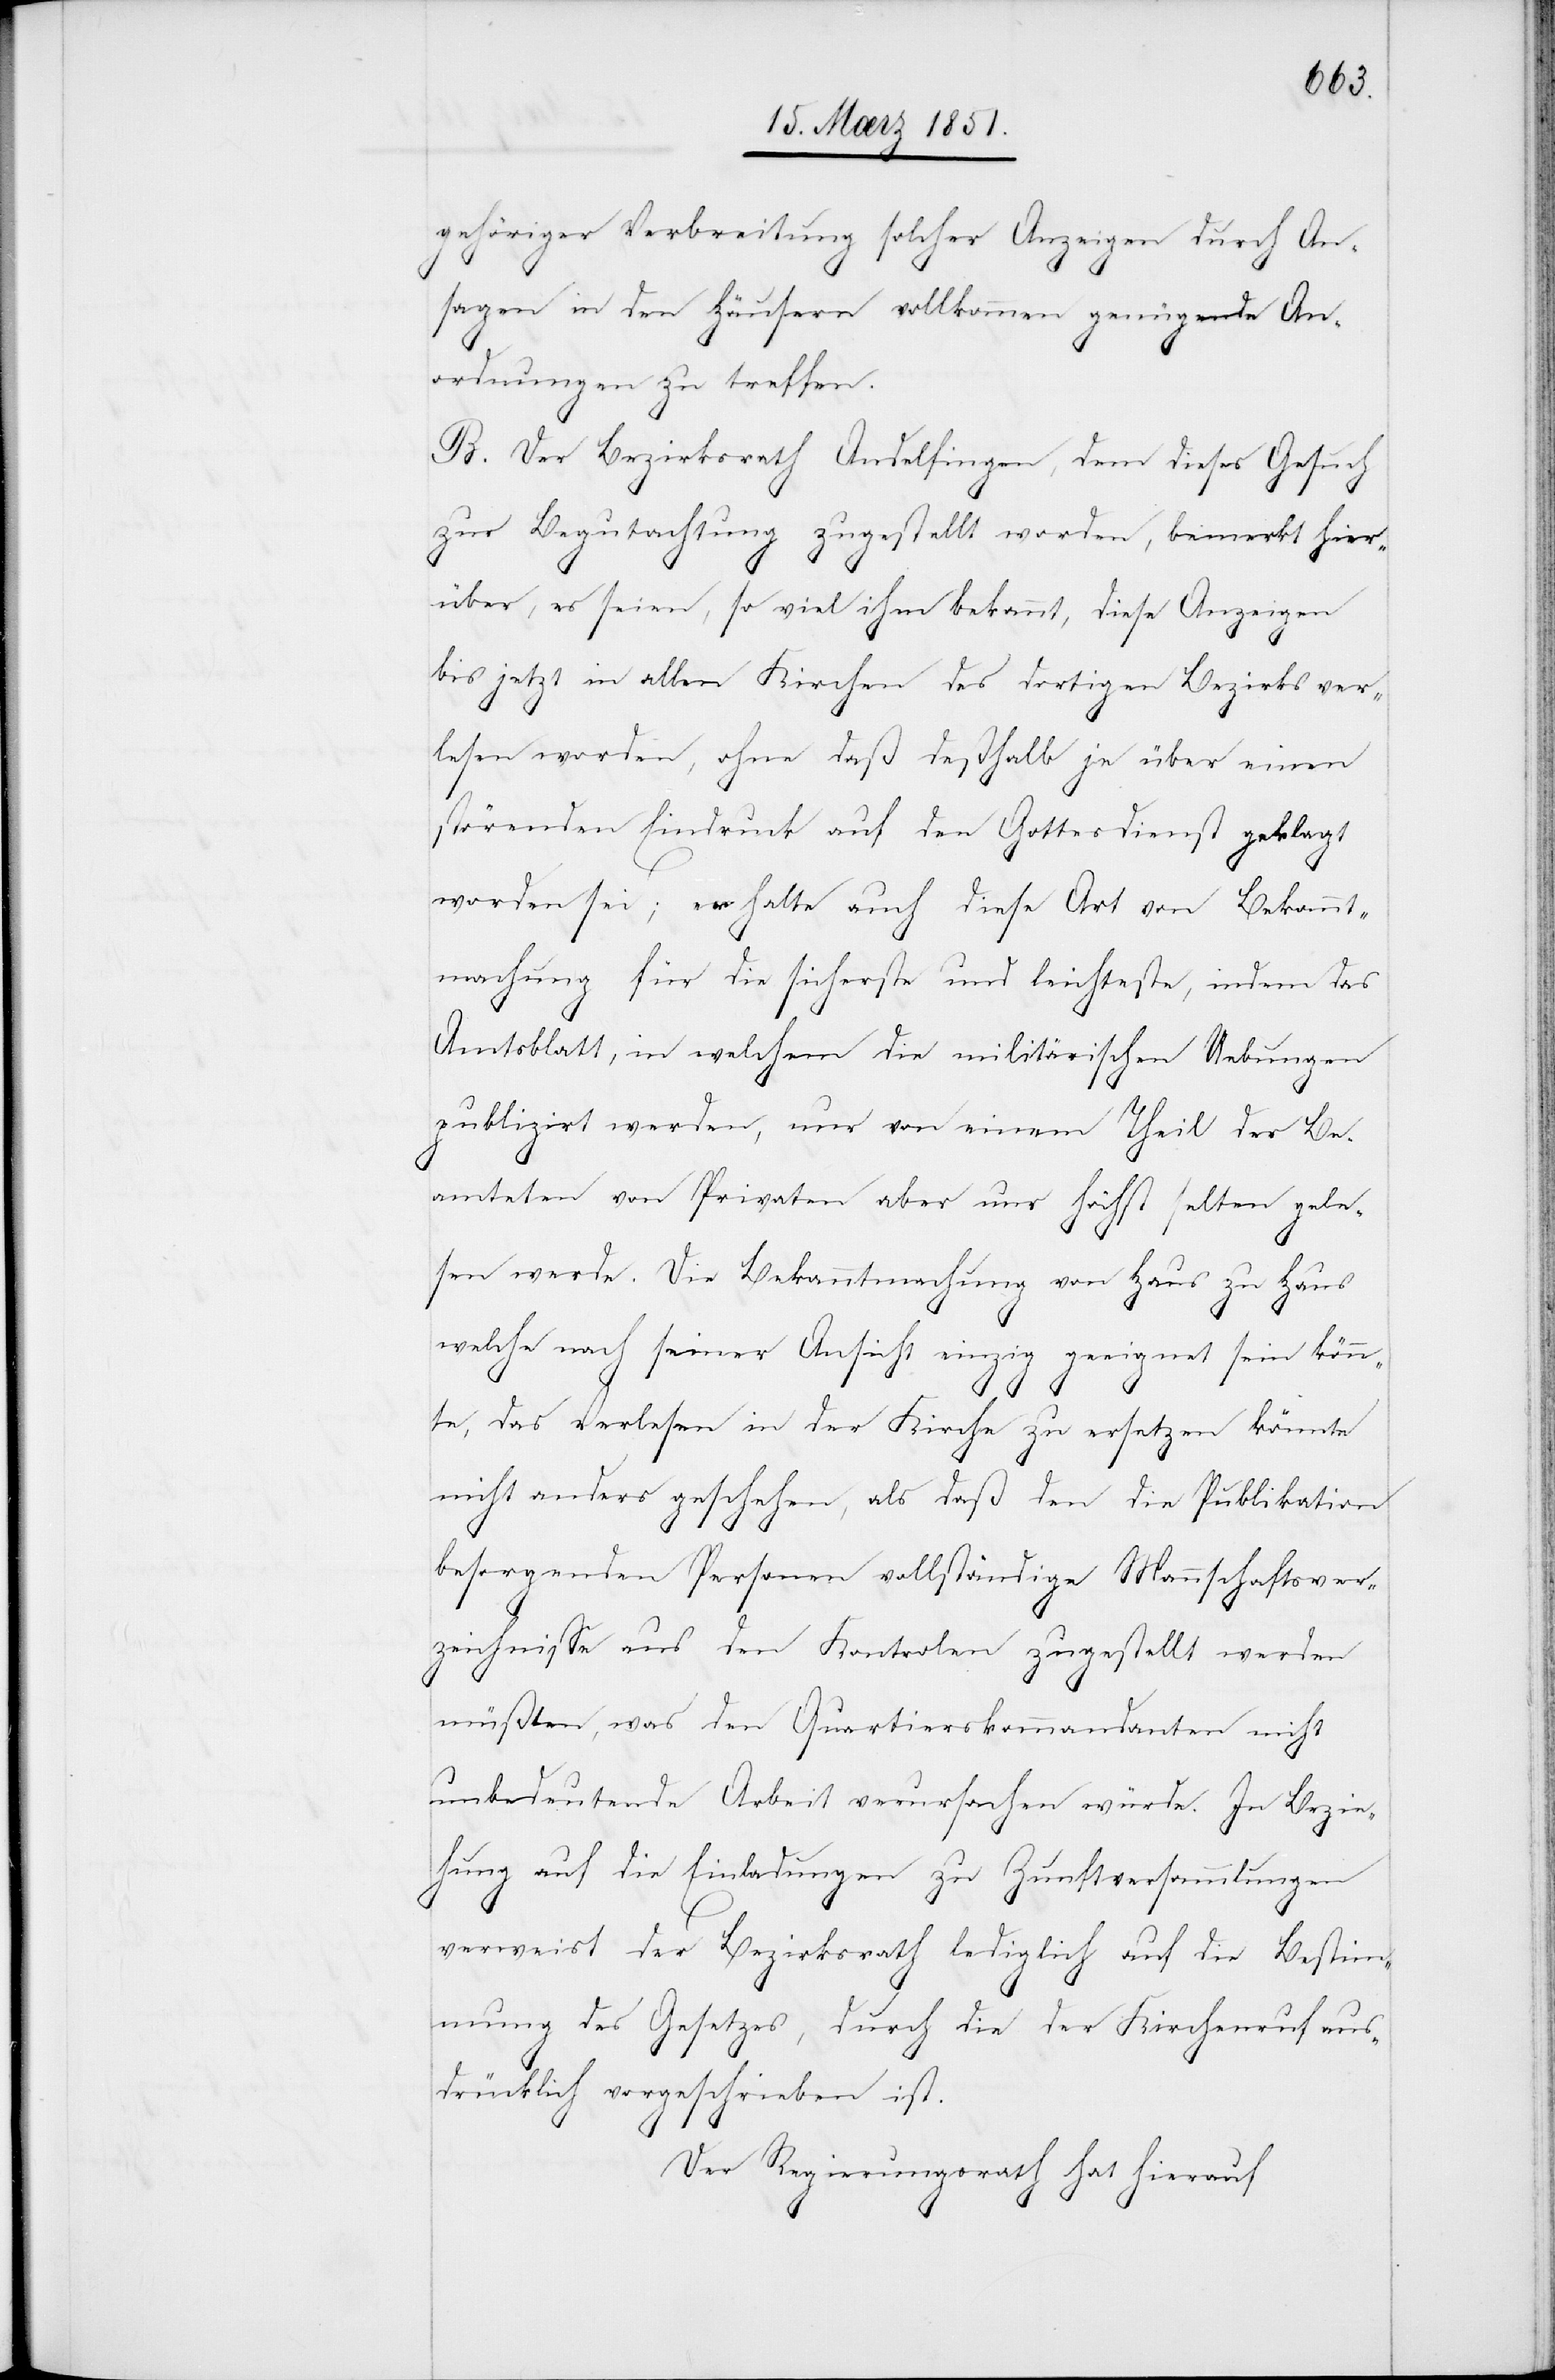
gehöriger Verbreitung solcher Anzeigen durch An¬
sagen in den Häusern vollkommen genügende An¬
ordnungen zu treffen.
B. Der Bezirksrath Andelfingen, dem dieses Gesuch
zur Begutachtung zugestellt worden, bemerkt hier¬
über, es seien, so viel ihm bekannt, diese Anzeigen
bis jetzt in allen Kirchen des dortigen Bezirks ver¬
lesen worden, ohne daß deßhalb je über einen
störenden Eindruck auf den Gottesdienst geklagt
worden sei; er halte auch diese Art von Bekannt¬
machung für die sicherste und leichteste, indem das
Amtsblatt, in welchem die militärischen Uebungen
publizirt werden, nur von einem Theil der Be¬
amteten von Privaten aber nur höchst selten gele¬
sen werde. Die Bekanntmachung von Haus zu Haus
welche nach seiner Ansicht einzig geeignet sein könn¬
te, das Verlesen in der Kirche zu ersetzen könnte
nicht anders geschehen, als daß den die Publikation
besorgenden Personen vollständige Mannschaftsver¬
zeichnisse aus den Kontrolen zugestellt werden
müßten, was den Quartierskommandanten nicht
unbedeutende Arbeit verursachen würde. In Bezie¬
hung auf die Einladungen zu Zunftversammlungen
verweist der Bezirksrath lediglich auf die Bestim¬
mung des Gesetzes, durch die der Kirchenruf aus¬
drücklich vorgeschrieben ist.
Der Regierungsrath hat hierauf